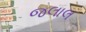
જલાલ